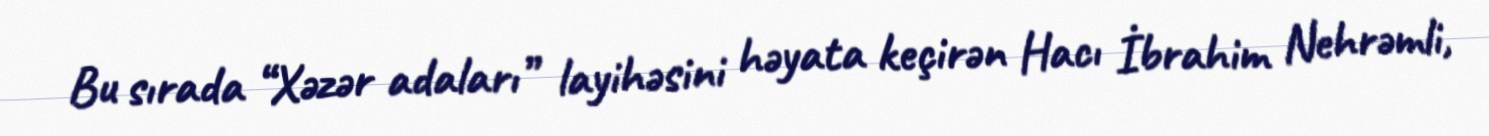
Bu sırada “Xəzər adaları” layihəsini həyata keçirən Hacı İbrahim Nehrəmli,